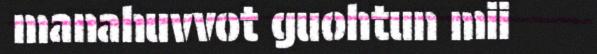
manahuvvot guohtun mii